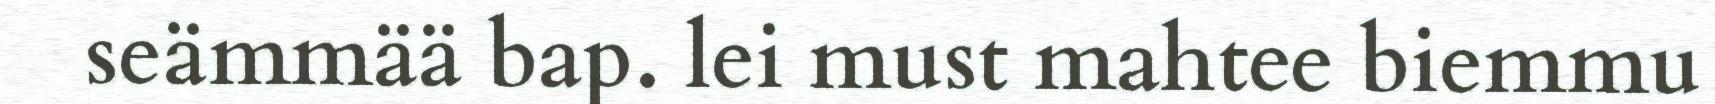
seämmää bap. lei must mahtee biemmu